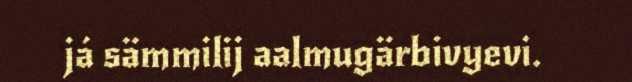
já sämmilij aalmugärbivyevi.